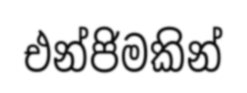
එන්ජිමකින්